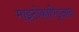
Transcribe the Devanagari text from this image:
माइटोकाण्ड्रिआन